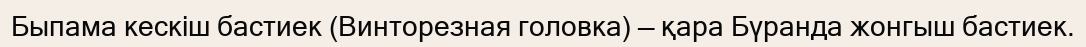
Быпама кескіш бастиек (Винторезная головка) — қара Бүранда жонгыш бастиек.